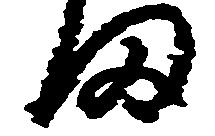
ま